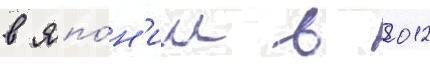
в япо́н'ии в 2012